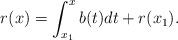
LaTeX: \begin{align*} r(x)=\int_{x_1}^{x} b(t) dt +r(x_1).\end{align*}